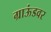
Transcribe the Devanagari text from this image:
ग्राऊंडवर